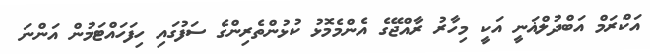
އަކްރަމް އަބްދުލްޣަނީ އަކީ މިހާރު ރާއްޖޭގެ އެންމެމޮޅު ކުޅުންތެރިންގެ ސަފުގައި ހިފަހައްޓަމުން އަންނަ